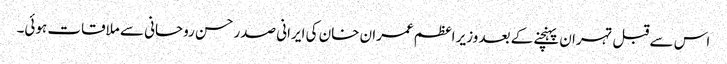
اس سے قبل تہران پہنچنے کے بعد وزیر اعظم عمران خان کی ایرانی صدر حسن روحانی سے ملاقات ہوئی۔